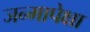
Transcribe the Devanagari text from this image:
जन्मापेक्षा